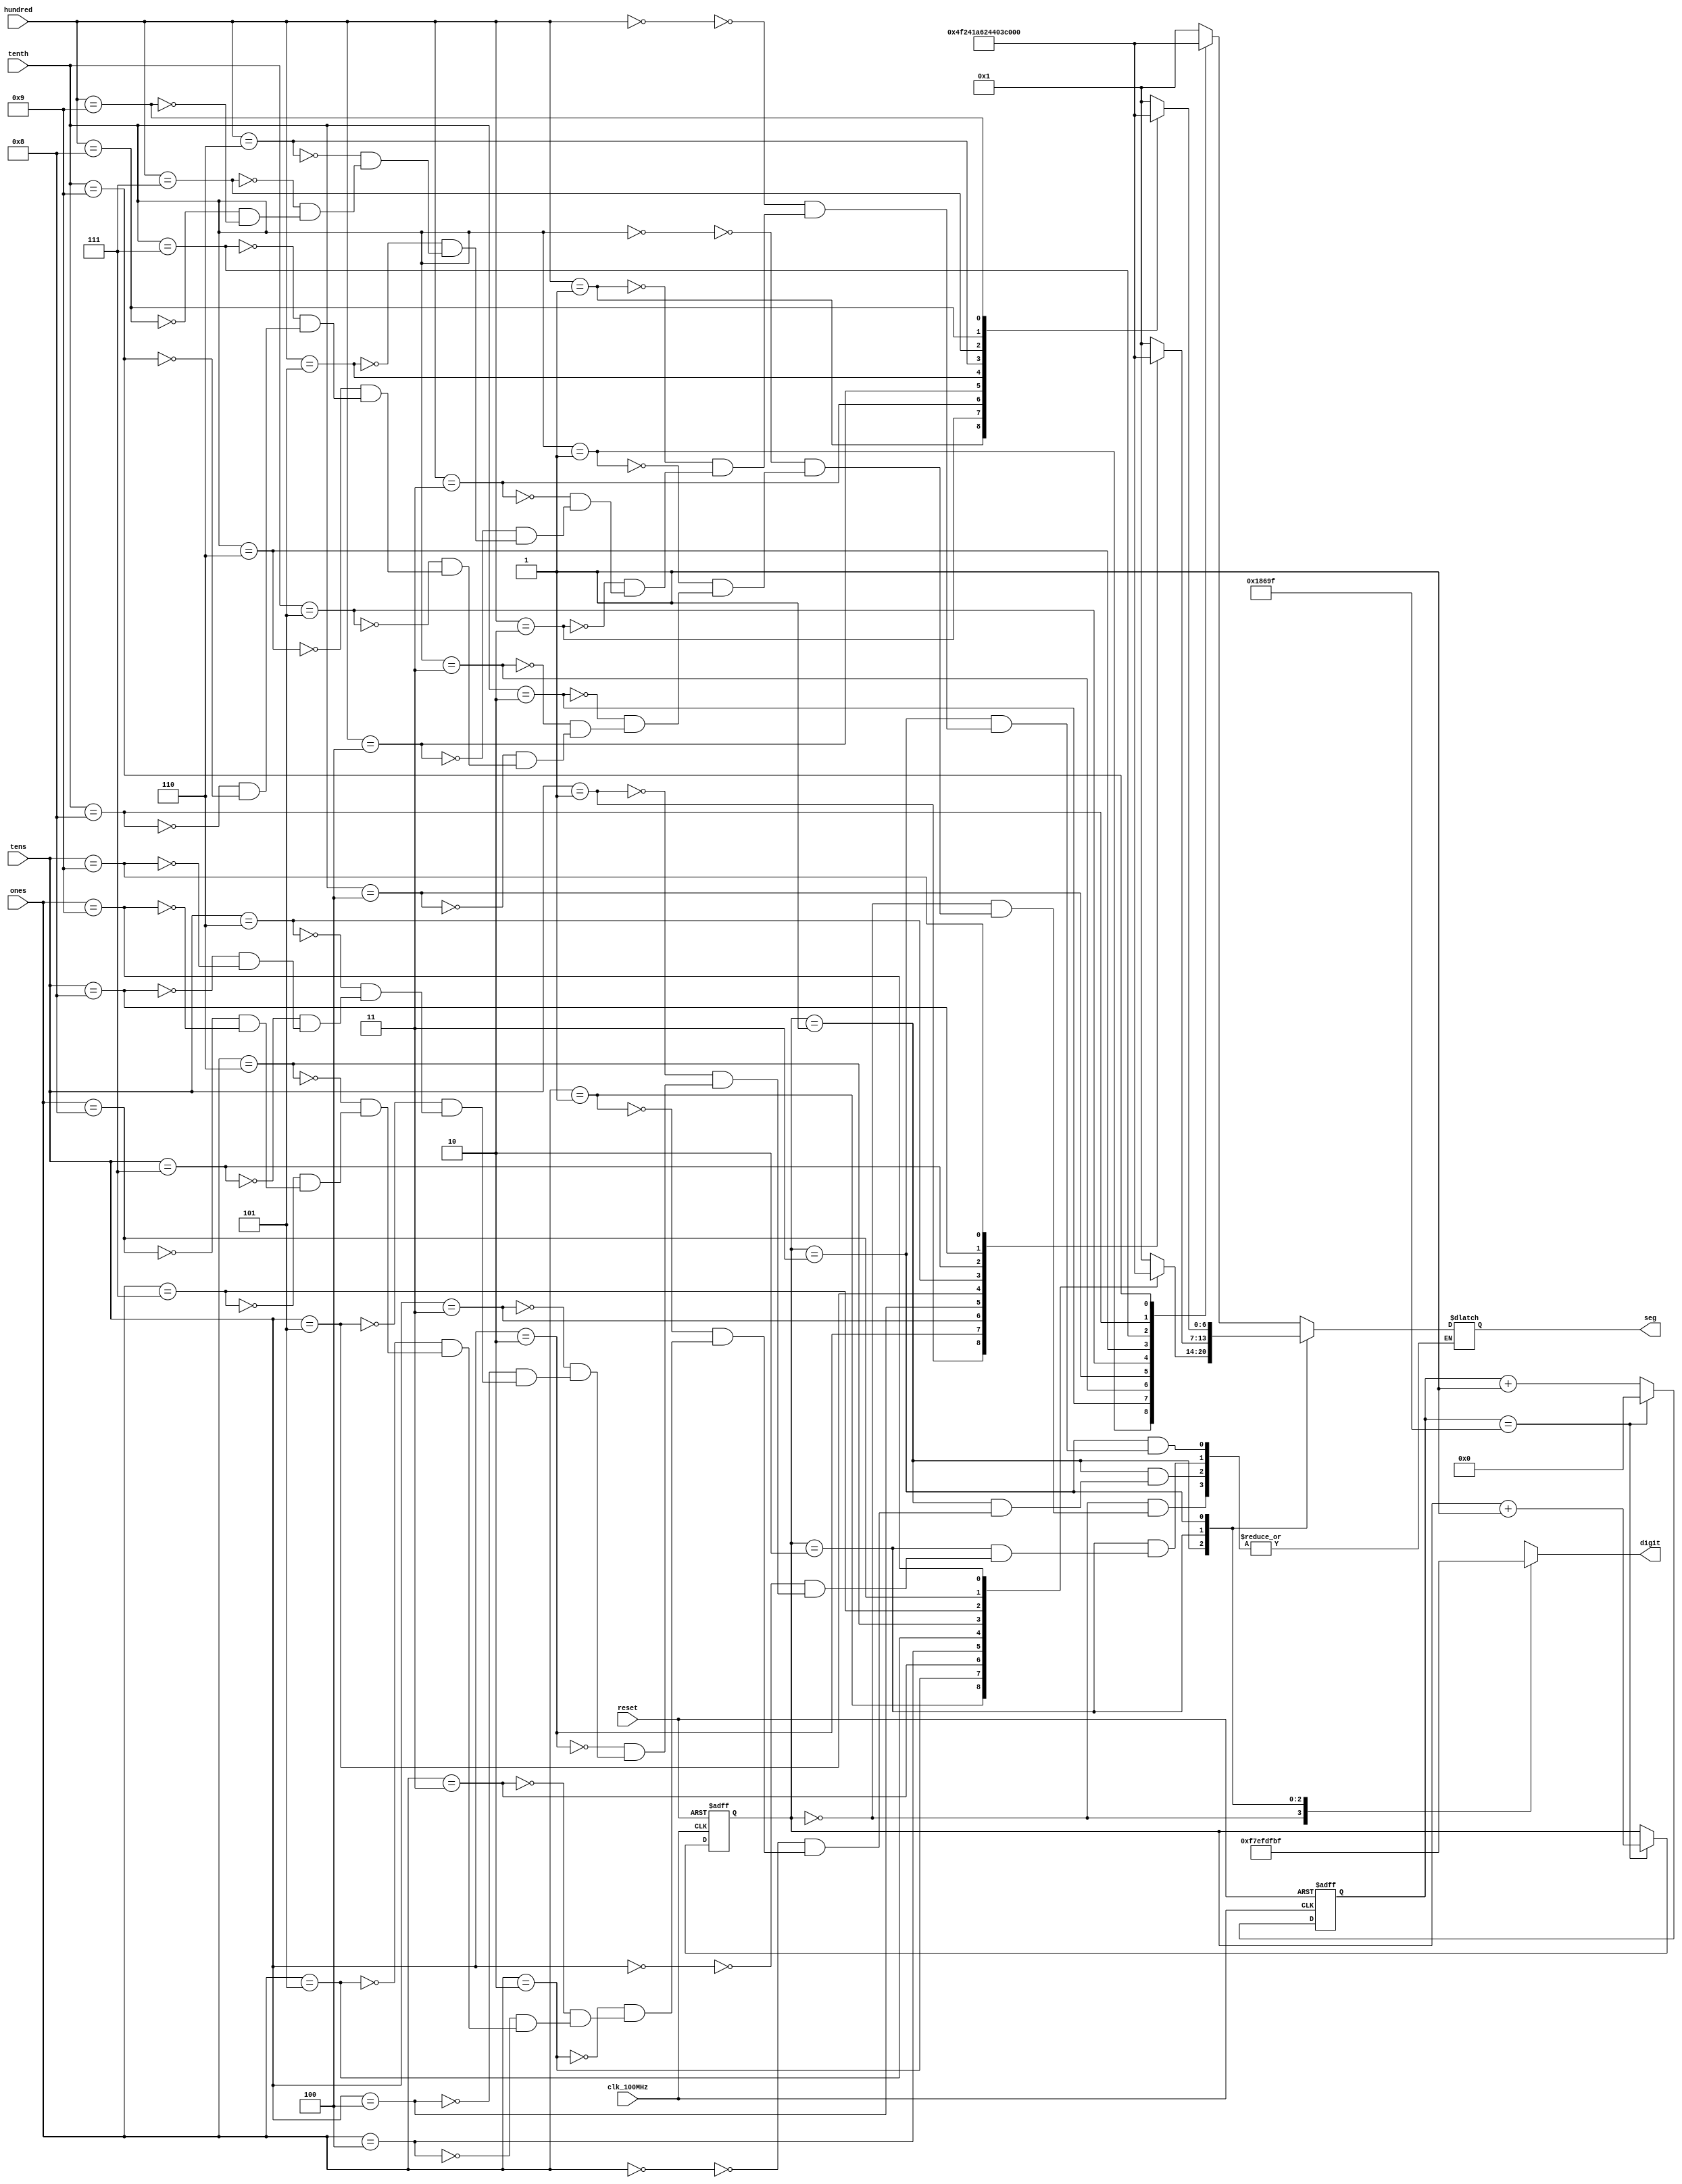
`timescale 1ns / 1ps
//////////////////////////////////////////////////////////////////////////////////
// Youtube Reference: FPGA Discovery How to Control 7-Segment Displays on Basys3 FPGA using Verilog in Vivado
// Authored by: David J Marion
// Published by: David J Marion
// Design Name: 
// Module Name: seg7_control
// Project Name: 
// Target Devices: 
// Tool Versions: 
// Description: 
// 
// Dependencies: 
// 
// Revision:
// Revision 0.01 - File Created
// Additional Comments:
// 
//////////////////////////////////////////////////////////////////////////////////


module seg7_control( 
    input clk_100MHz,
    input reset,
    input [3:0] tenth,
    input [3:0] ones,
    input[3:0] tens,
    input [3:0] hundred,
    output reg [6:0] seg, //Display segments control
    output reg [7:0] digit // Register to turn on the 8 anodes

    );
    
    //Storing 7 bit segment value into high level parameter
    parameter ZERO = 7'b000_0001; //1
    parameter ONE = 7'b100_1111; //2
    parameter TWO = 7'b001_0010; //3
    parameter THREE = 7'b000_0110; //4
    parameter FOUR = 7'b100_1100; //5
    parameter FIVE = 7'b010_0100; //6
    parameter SIX = 7'b010_0000; //7
    parameter SEVEN = 7'b000_1111; //8
    parameter EIGHT = 7'b000_0000; //0
    parameter NINE = 7'b000_0100; //9
    
    // To select each digit in turn
    reg[1:0] digit_select; //We have have 4 displays, thus we need 4 states
    reg[16:0] digit_timer; //counter for digit refresh
    
    //logic for controlling digit select and timer
    always @(posedge clk_100MHz or posedge reset) begin
    
        if(reset) begin
            digit_select<=0;
            digit_timer<=0;
        end
        
        else begin
            
            if(digit_timer==99_999) begin //Creates our refresh rate between digits
                digit_timer<=0;
                digit_select <=digit_select +1;
            
            end
            
            else begin
                digit_timer <= digit_timer +1;
            end
        end
    end
    
    
    always @(digit_select) begin
        case(digit_select)
            2'b00: digit = 8'b1111_0111; //Turn on tenth digit
            2'b01: digit = 8'b1110_1111; //Turn on ones digit
            2'b10: digit = 8'b1101_1111; //Turn on tens digit
            2'b11: digit = 8'b1011_1111; //Turn on hundred digit
            
        endcase
    
    end
    
    always @*
        case(digit_select) // switches between our different digits and stores their segmentation value
                     
          2'b00 : begin //Tenth digit
                        case(tenth)
                            4'b0000: seg = ZERO;
                            4'b0001: seg = ONE;
                            4'b0010: seg = TWO;
                            4'b0011: seg = THREE;
                            4'b0100: seg = FOUR;
                            4'b0101: seg = FIVE;
                            4'b0110: seg = SIX;
                            4'b0111: seg = SEVEN;
                            4'b1000: seg = EIGHT;
                            4'b1001: seg = NINE;
                        endcase   
                     end           
                     
       2'b01 : begin //ones digit
                        case(ones)
                            4'b0000: seg = ZERO;
                            4'b0001: seg = ONE;
                            4'b0010: seg = TWO;
                            4'b0011: seg = THREE;
                            4'b0100: seg = FOUR;
                            4'b0101: seg = FIVE;
                            4'b0110: seg = SIX;
                            4'b0111: seg = SEVEN;
                            4'b1000: seg = EIGHT;
                            4'b1001: seg = NINE;
                        endcase   
                     end    
                     
                     
       2'b10 : begin //tens digit
                        case(tens)
                            4'b0000: seg = ZERO;
                            4'b0001: seg = ONE;
                            4'b0010: seg = TWO;
                            4'b0011: seg = THREE;
                            4'b0100: seg = FOUR;
                            4'b0101: seg = FIVE;
                            4'b0110: seg = SIX;
                            4'b0111: seg = SEVEN;
                            4'b1000: seg = EIGHT;
                            4'b1001: seg = NINE;
                        endcase   
                     end 
                     
                     
       2'b11 : begin //Hundred digit
                        case(hundred)
                            4'b0000: seg = ZERO;
                            4'b0001: seg = ONE;
                            4'b0010: seg = TWO;
                            4'b0011: seg = THREE;
                            4'b0100: seg = FOUR;
                            4'b0101: seg = FIVE;
                            4'b0110: seg = SIX;
                            4'b0111: seg = SEVEN;
                            4'b1000: seg = EIGHT;
                            4'b1001: seg = NINE;
                        endcase   
                     end                                     
   endcase     
endmodule